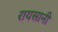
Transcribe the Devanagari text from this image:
रायसानी